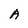
Character: A